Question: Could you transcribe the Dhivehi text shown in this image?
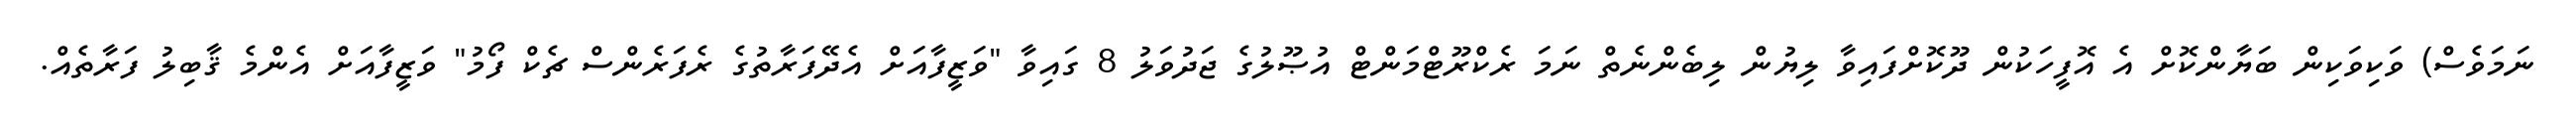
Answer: ނަމަވެސް) ވަކިވަކިން ބަޔާންކޮށް އެ އޮފީހަކުން ދޫކޮށްފައިވާ ލިޔުން ލިބެންނެތް ނަމަ ރެކްރޫޓްމަންޓް އުޞޫލުގެ ޖަދުވަލު 8 ގައިވާ "ވަޒީފާއަށް އެދޭފަރާތުގެ ރެފަރެންސް ޗެކް ފޯމު" ވަޒީފާއަށް އެންމެ ޤާބިލު ފަރާތެއް.